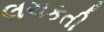
લચકતી